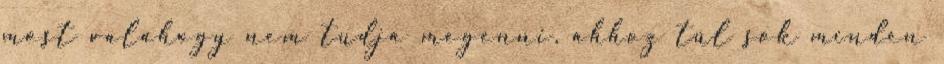
most valahogy nem tudja megenni, ahhoz túl sok minden